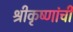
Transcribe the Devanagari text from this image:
श्रीकृष्णांची